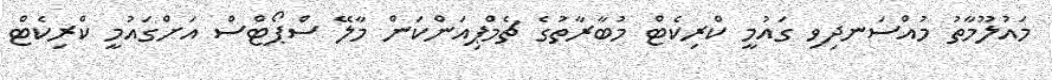
މައުލޫމާތު މުއްސަނދިވި ގައުމީ ކްރިކެޓް މުބާރާތުގެ ޗެމްޕިއަންކަން މާލޭ ސްޕޯޓްސް އަށްގައުމީ ކްރިކެޓް